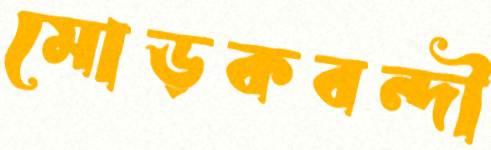
মোড়কবন্দী